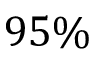
9 5 \%